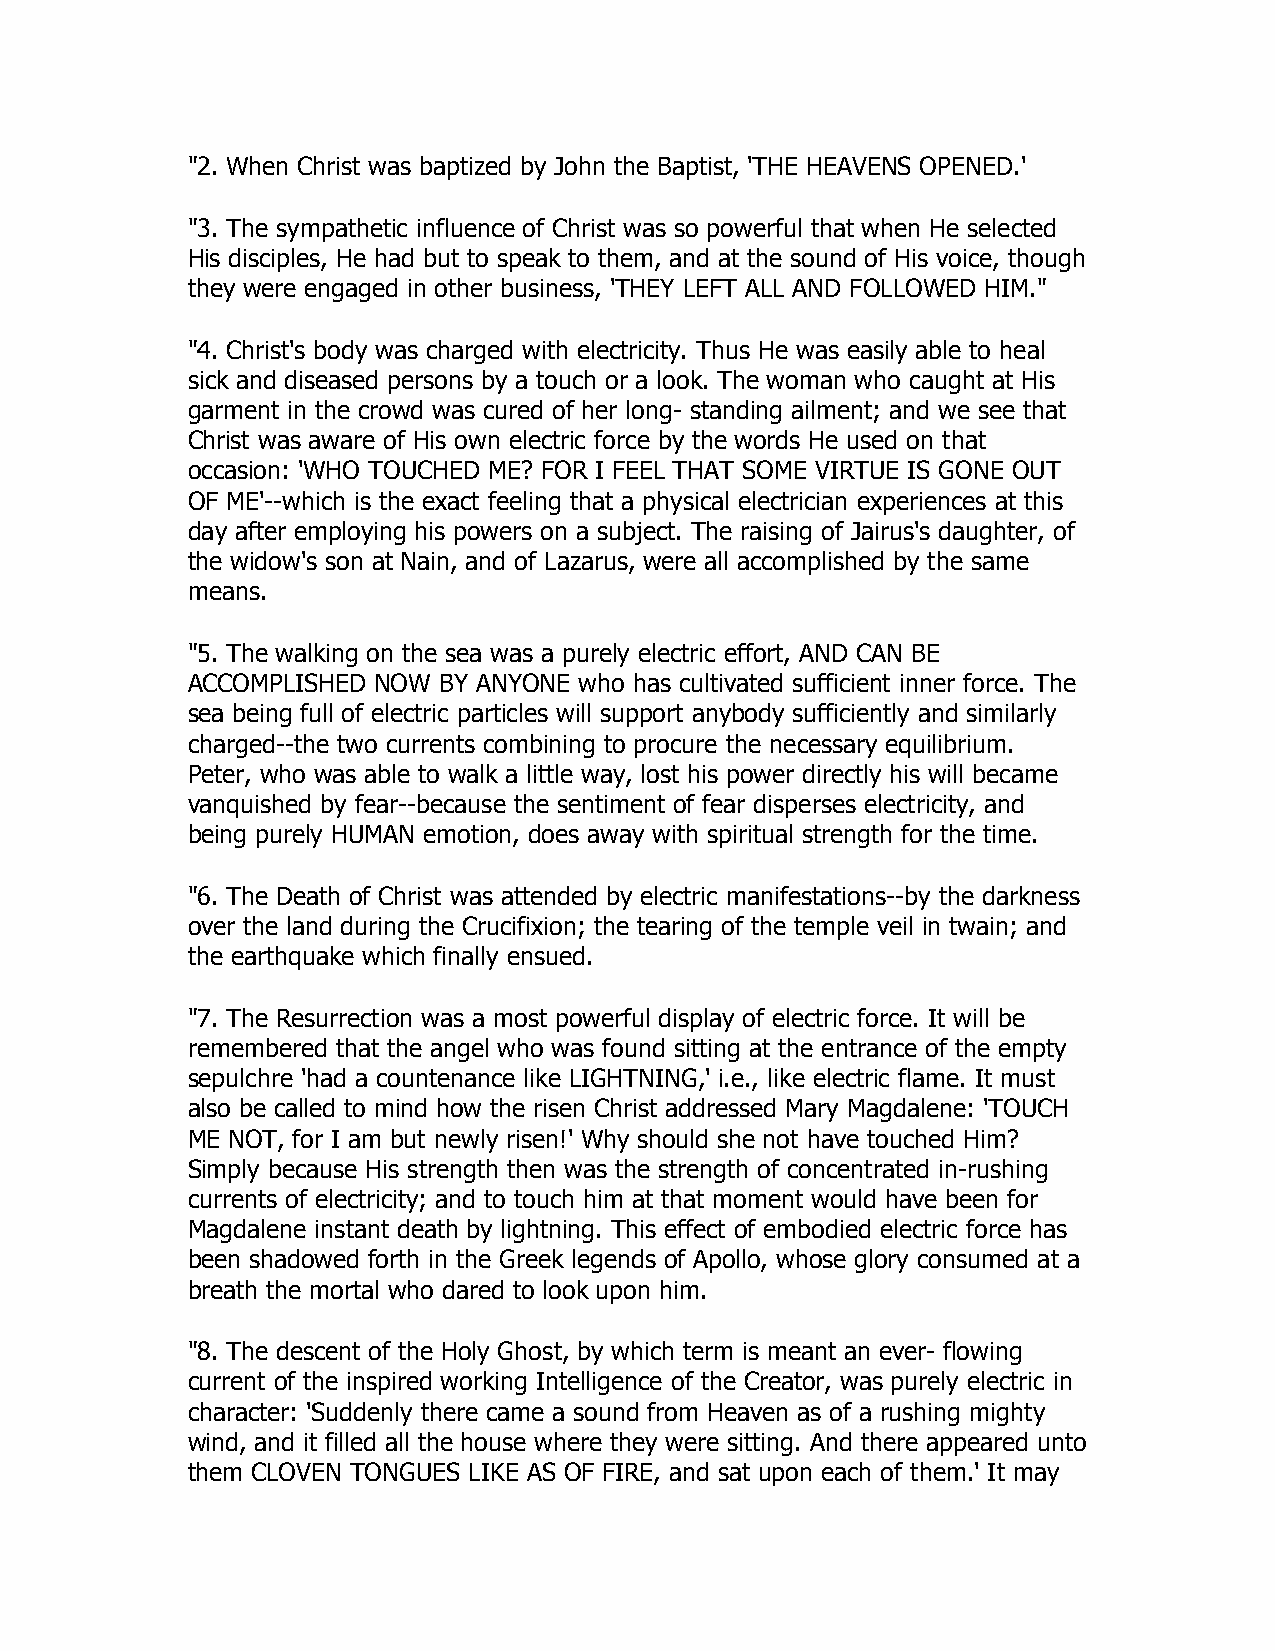
"2. When Christ was baptized by John the Baptist, 'THE HEAVENS OPENED.'
 "3. The sympathetic influence of Christ was so powerful that when He selected
 His disciples, He had but to speak to them, and at the sound of His voice, though
 they were engaged in other business, 'THEY LEFT ALL AND FOLLOWED HIM."
 "4. Christ's body was charged with electricity. Thus He was easily able to heal
 sick and diseased persons by a touch or a look. The woman who caught at His
 garment in the crowd was cured of her long- standing ailment; and we see that
 Christ was aware of His own electric force by the words He used on that
 occasion: 'WHO TOUCHED ME? FOR I FEEL THAT SOME VIRTUE IS GONE OUT
 OF ME'--which is the exact feeling that a physical electrician experiences at this
 day after employing his powers on a subject. The raising of Jairus's daughter, of
 the widow's son at Nain, and of Lazarus, were all accomplished by the same
 means.
 "5. The walking on the sea was a purely electric effort, AND CAN BE
 ACCOMPLISHED NOW BY ANYONE who has cultivated sufficient inner force. The
 sea being full of electric particles will support anybody sufficiently and similarly
 charged--the two currents combining to procure the necessary equilibrium.
 Peter, who was able to walk a little way, lost his power directly his will became
 vanquished by fear--because the sentiment of fear disperses electricity, and
 being purely HUMAN emotion, does away with spiritual strength for the time.
 "6. The Death of Christ was attended by electric manifestations--by the darkness
 over the land during the Crucifixion; the tearing of the temple veil in twain; and
 the earthquake which finally ensued.
 "7. The Resurrection was a most powerful display of electric force. It will be
 remembered that the angel who was found sitting at the entrance of the empty
 sepulchre 'had a countenance like LIGHTNING,' i.e., like electric flame. It must
 also be called to mind how the risen Christ addressed Mary Magdalene: 'TOUCH
 ME NOT, for I am but newly risen!' Why should she not have touched Him?
 Simply because His strength then was the strength of concentrated in-rushing
 currents of electricity; and to touch him at that moment would have been for
 Magdalene instant death by lightning. This effect of embodied electric force has
 been shadowed forth in the Greek legends of Apollo, whose glory consumed at a
 breath the mortal who dared to look upon him.
 "8. The descent of the Holy Ghost, by which term is meant an ever- flowing
 current of the inspired working Intelligence of the Creator, was purely electric in
 character: 'Suddenly there came a sound from Heaven as of a rushing mighty
 wind, and it filled all the house where they were sitting. And there appeared unto
 them CLOVEN TONGUES LIKE AS OF FIRE, and sat upon each of them.' It may